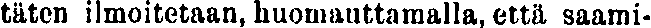
täten ilmoitetaan, huomauttamalla, että saami-